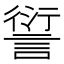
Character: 𲁮